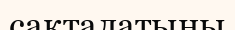
сақталатыны